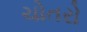
ચોતરો